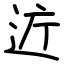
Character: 𫐤